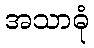
အသာဓုံ